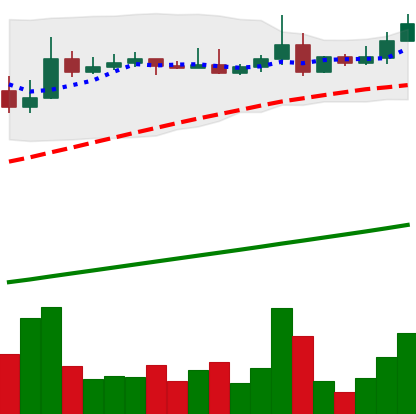
Ticker: ADA-USD
Chart end date: 2021-04-12
Forward return: 5.223%
Label: up_5_7